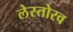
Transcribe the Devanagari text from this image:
लेस्तोरव